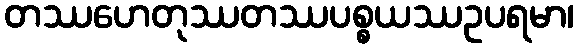
တဿဟေတုဿတဿပစ္စယဿဥပရမာ၊